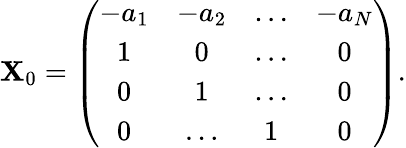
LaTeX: \mathbf{X}_{0}=\left(\begin{array}{cccc}{{-a_{1}}}&{{-a_{2}}}&{{\dots}}&{{-a_{N}}}\\ {{1}}&{{0}}&{{\dots}}&{{0}}\\ {{0}}&{{1}}&{{\dots}}&{{0}}\\ {{0}}&{{\dots}}&{{1}}&{{0}}\end{array}\right).